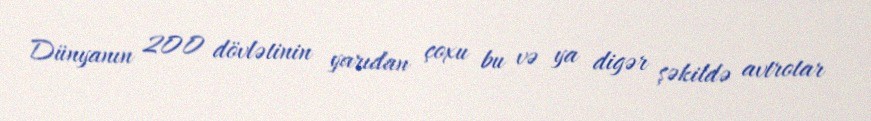
Dünyanın 200 dövlətinin yarıdan çoxu bu və ya digər şəkildə avtrotar